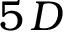
5 \, D